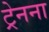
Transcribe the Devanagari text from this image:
ट्रेनना